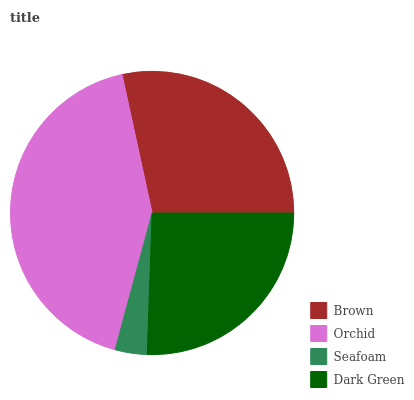
| Brown | Orchid | Seafoam | Dark Green |
 | --- | --- | --- | --- |
 | 28.4% | 42.4% | 3.67% | 25.5% |